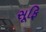
સૂફિ